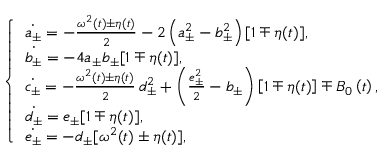
\left\{ \begin{array} { l l } { \dot { a _ { \pm } } = - \frac { \omega ^ { 2 } \left( t \right) \pm \eta ( t ) } { 2 } - 2 \left( a _ { \pm } ^ { 2 } - b _ { \pm } ^ { 2 } \right) [ 1 \mp \eta ( t ) ] , } \\ { \dot { b _ { \pm } } = - 4 a _ { \pm } b _ { \pm } [ 1 \mp \eta ( t ) ] , } \\ { \dot { c _ { \pm } } = - \frac { \omega ^ { 2 } \left( t \right) \pm \eta ( t ) } { 2 } \, d _ { \pm } ^ { 2 } + \left( \frac { e _ { \pm } ^ { 2 } } { 2 } - b _ { \pm } \right) \left[ 1 \mp \eta ( t ) \right] \mp B _ { 0 } \left( t \right) , } \\ { \dot { d _ { \pm } } = e _ { \pm } [ 1 \mp \eta ( t ) ] , } \\ { \dot { e _ { \pm } } = - d _ { \pm } [ \omega ^ { 2 } ( t ) \pm \eta ( t ) ] , } \end{array} \right.